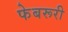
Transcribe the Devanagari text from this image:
फेबरूरी